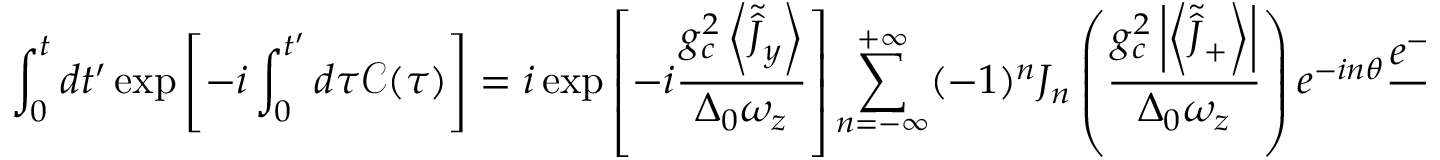
\int _ { 0 } ^ { t } d t ^ { \prime } \exp \left[ - i \int _ { 0 } ^ { t ^ { \prime } } d \tau \mathcal { C } ( \tau ) \right] = i \exp \left[ - i \frac { g _ { c } ^ { 2 } \left\langle \tilde { \hat { J } } _ { y } \right\rangle } { \Delta _ { 0 } \omega _ { z } } \right] \sum _ { n = - \infty } ^ { + \infty } ( - 1 ) ^ { n } J _ { n } \left( \frac { g _ { c } ^ { 2 } \left| \left\langle \tilde { \hat { J } } _ { + } \right\rangle \right| } { \Delta _ { 0 } \omega _ { z } } \right) e ^ { - i n \theta } \frac { e ^ { - i \left( \Delta _ { d } + i \kappa / 2 + n \omega _ { z } \right) t } - 1 } { \Delta _ { d } + i \kappa / 2 + n \omega _ { z } } .